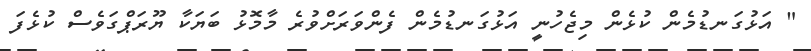
" އަޅުގަނޑުމެން ކުޅެން މިޖެހުނީ އަޅުގަނޑުމެން ފެންވަރަށްވުރެ މާމޮޅު ބަޔަކާ ޔޫރަޕްގަވެސް ކުޅެފަ